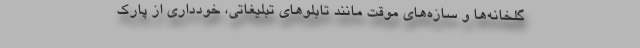
گلخانه‌ها و سازه‌های موقت مانند تابلوهای تبلیغاتی، خودداری از پارک